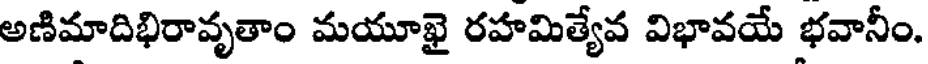
అణిమాదిభిరావృతాం మయూఖై రహమిత్యేవ విభావయే భవానీం.